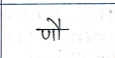
मजकूर: णौ